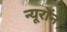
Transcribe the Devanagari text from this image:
न्‍यूरॉन